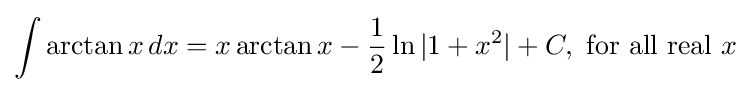
\int \arctan {x}\,dx=x\arctan {x}-{\frac {1}{2}}\ln {\vert 1+x^{2}\vert }+C,{\text{ for all real }}x